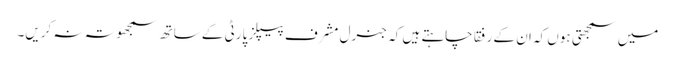
میں سمجھتی ہوں کہ ان کے رفقا چاہتے ہیں کہ جنرل مشرف پیپلز پارٹی کے ساتھ سمجھوتہ نہ کریں۔